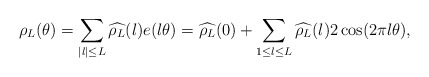
\begin{align*}&\rho_L(\theta) = \sum_{|l| \leq L} \widehat{\rho_L}(l) e(l\theta)= \widehat{\rho_L}(0) + \sum_{1 \leq l \leq L} \widehat{\rho_L}(l) 2\cos (2\pi l \theta),\end{align*}